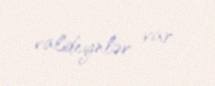
valideynlər var.